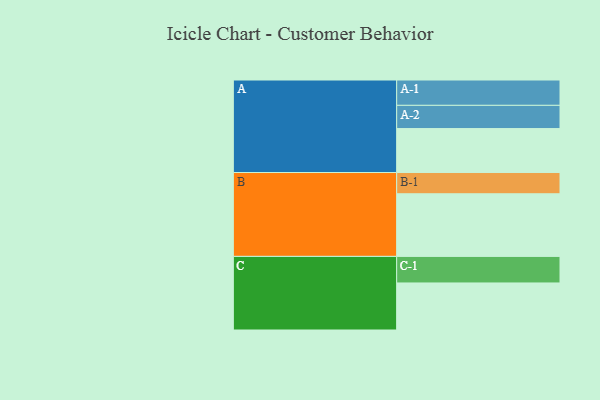
{"axis": {"x": "Segment", "y": "Value"}, "legend": ["", "A", "B", "C"], "data": [{"x": "A", "y": 397, "type": ""}, {"x": "B", "y": 566, "type": ""}, {"x": "C", "y": 425, "type": ""}, {"x": "A-1", "y": 229, "type": "A"}, {"x": "A-2", "y": 210, "type": "A"}, {"x": "B-1", "y": 192, "type": "B"}, {"x": "C-1", "y": 240, "type": "C"}]}